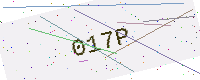
Text: 017P